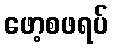
ဖော့စဖရပ်